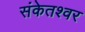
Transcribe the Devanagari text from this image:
संकेतश्वर